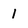
Character: 1